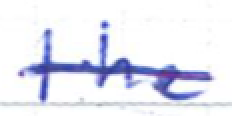
Text: the
Cross-out: mix
Writing tool: ballpoint